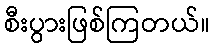
စီးပွားဖြစ်ကြတယ်။